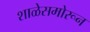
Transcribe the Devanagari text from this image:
शाळेसमोरून